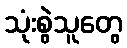
သုံးစွဲသူတွေ